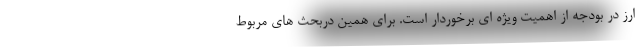
ارز در بودجه از اهمیت ویژه ای برخوردار است. برای همین دربحث های مربوط